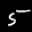
Label: 5